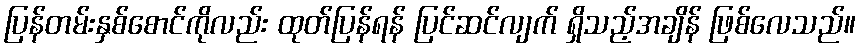
ပြန်တမ်းနှစ်စောင်ကိုလည်း ထုတ်ပြန်ရန် ပြင်ဆင်လျက် ရှိသည့်အချိန် ဖြစ်လေသည်။